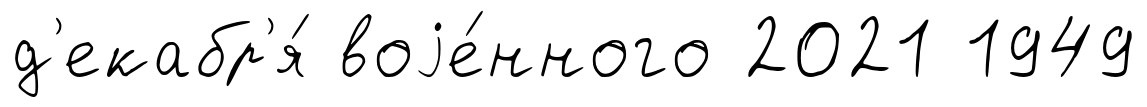
д'екабр'я́ воjе́нного 2021 1949